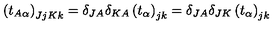
\left( t _ { A \alpha } \right) _ { J j K k } = \delta _ { J A } \delta _ { K A } \left( t _ { \alpha } \right) _ { j k } = \delta _ { J A } \delta _ { J K } \left( t _ { \alpha } \right) _ { j k }